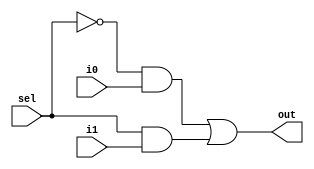
module mux2_1(input wire sel, input wire i0, input wire i1, output reg out);
  
  always @(*)
    begin
      out <= (~sel&&i0) || (sel&&i1);
    end
  
endmodule